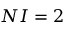
N I = 2